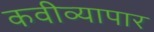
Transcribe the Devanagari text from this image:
कवीव्यापार